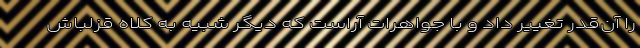
را آن‌قدر تغییر داد و با جواهرات آراست که دیگر شبیه به کلاه قزلباش